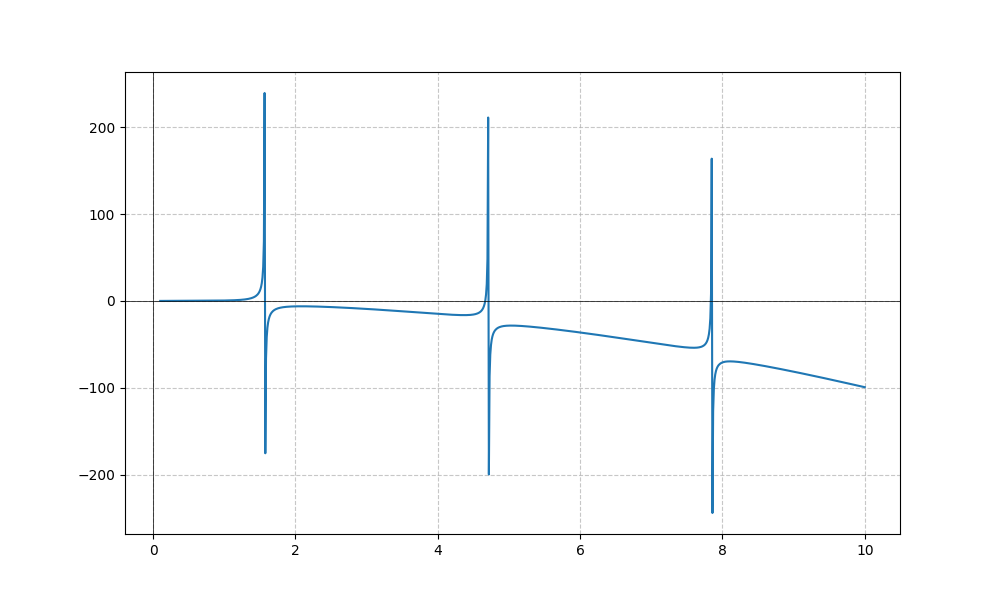
LaTeX formula: - x^{2} + \tan{\left(x \right)}